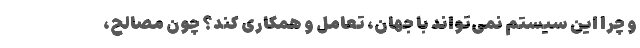
و چرا این سیستم نمی­تواند با جهان، تعامل و همکاری کند؟ چون مصالح،